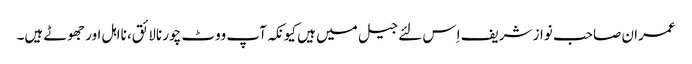
عمران صاحب نواز شریف اِس لئے جیل میں ہیں کیونکہ آپ ووٹ چور نالائق، نااہل اور جھوٹے ہیں۔